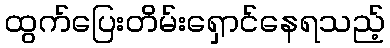
ထွက်ပြေးတိမ်းရှောင်နေရသည့်